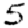
Digit: 5